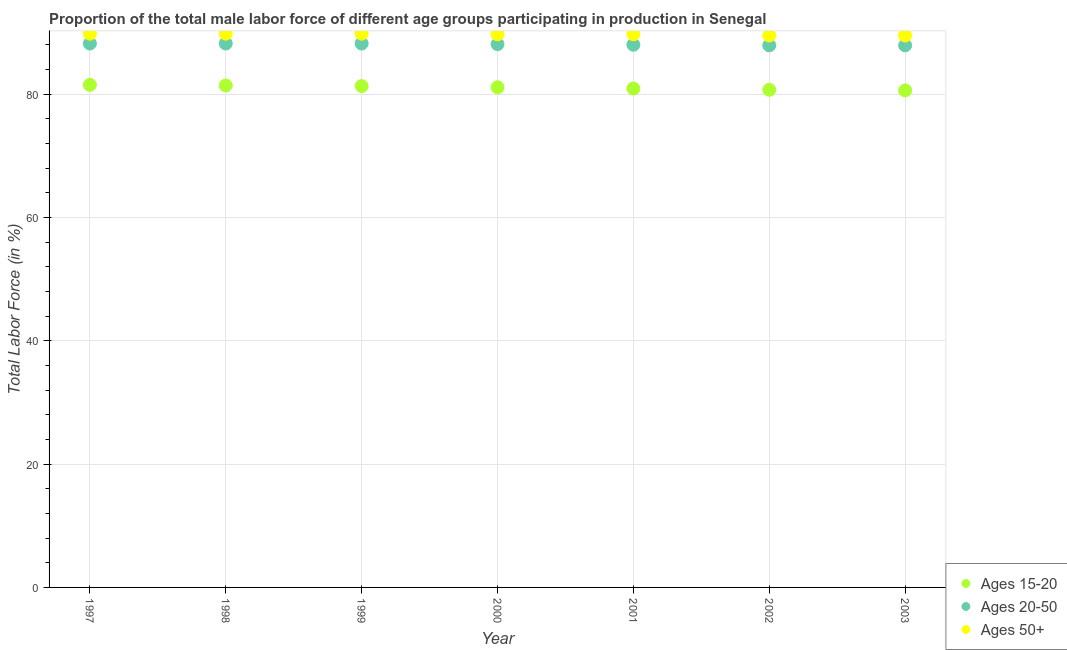
| Year | Ages 15-20 | Ages 20-50 | Ages 50+ |
 | --- | --- | --- | --- |
 | 1997 | 81.5 | 88.2 | 89.8 |
 | 1998 | 81.4 | 88.2 | 89.8 |
 | 1999 | 81.3 | 88.2 | 89.8 |
 | 2000 | 81.1 | 88.1 | 89.7 |
 | 2001 | 80.9 | 88 | 89.7 |
 | 2002 | 80.7 | 87.9 | 89.5 |
 | 2003 | 80.6 | 87.9 | 89.5 |